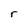
Character: r